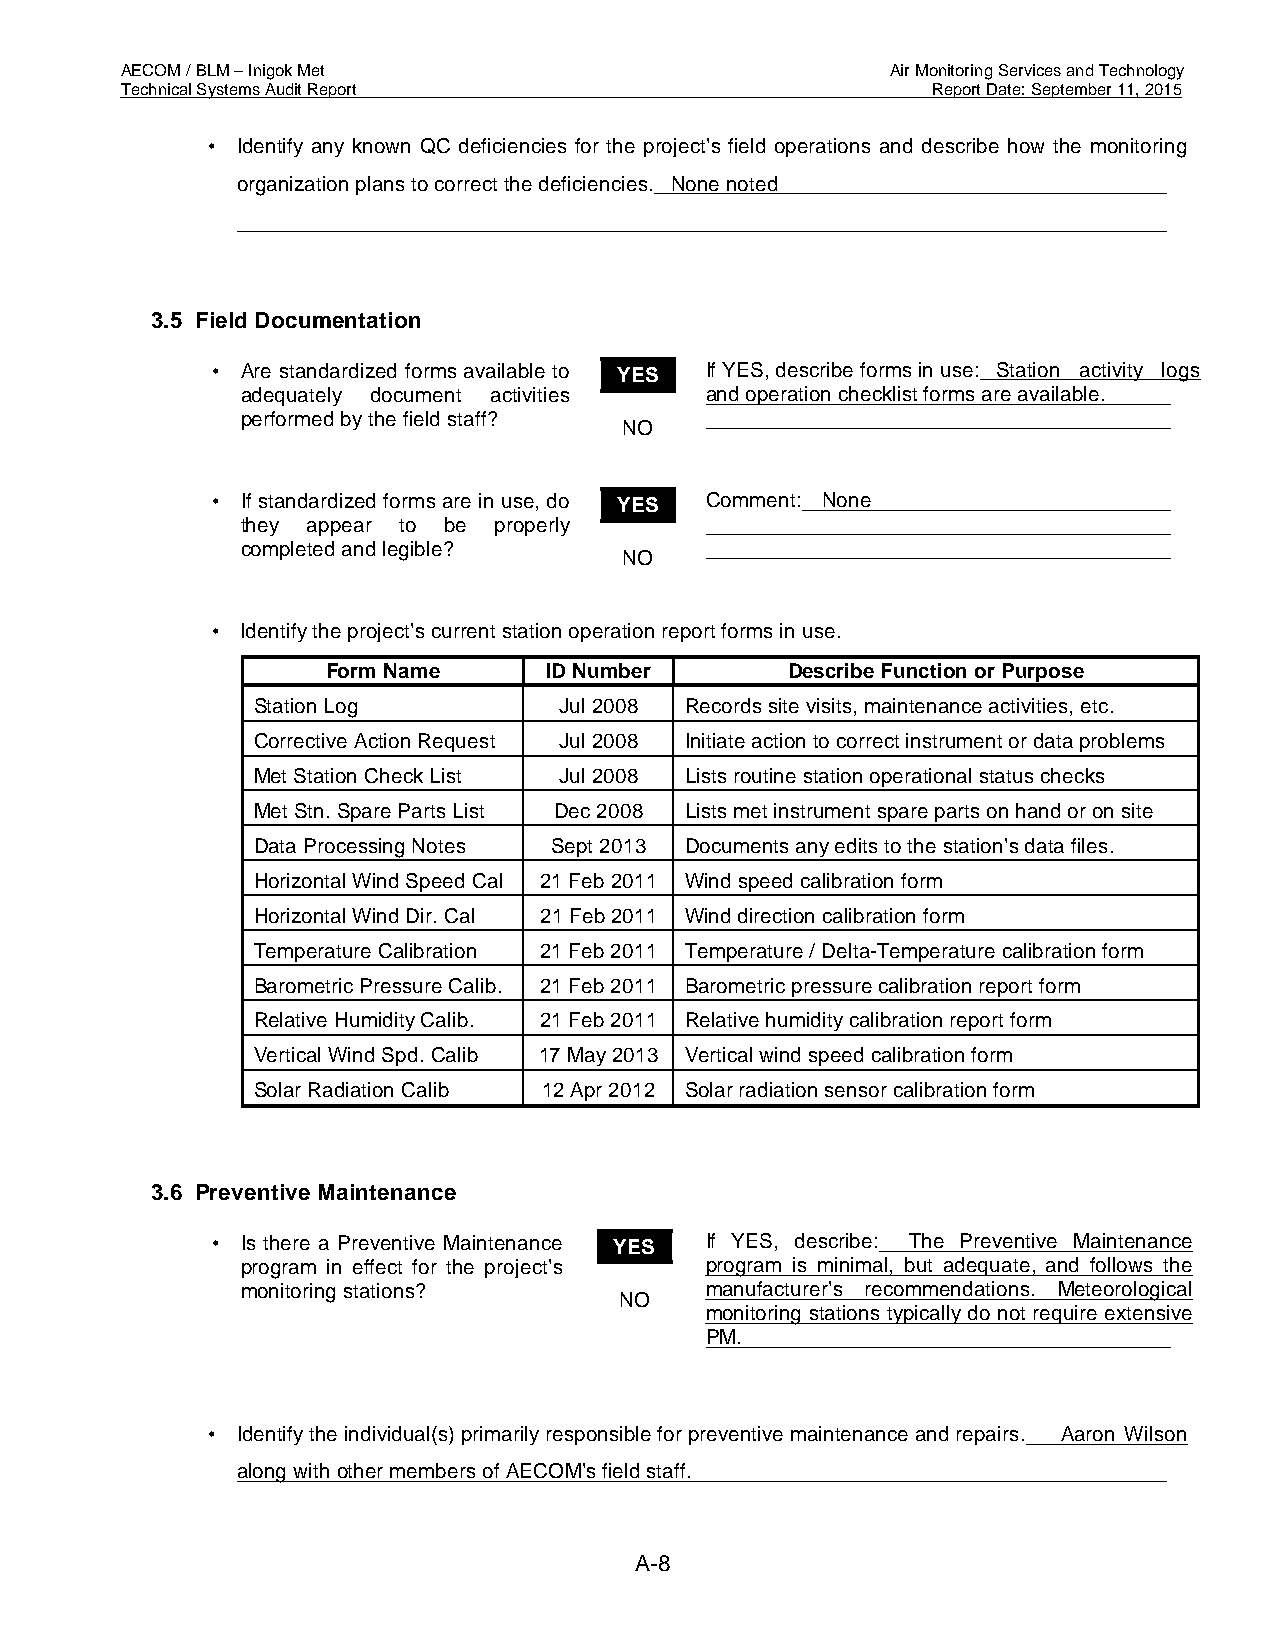
AECOM / BLM – Inigok Met                           Air Monitoring Services and Technology
 Technical Systems Audit Report                        Report Date: September 11, 2015
 • Identify any known QC deficiencies for the project’s field operations and describe how the monitoring
 organization plans to correct the deficiencies. None noted
 3.5 Field Documentation
 • Are standardized forms available to YES If YES, describe forms in use: Station activity logs
 adequately document activities and operation checklist forms are available.
 performed by the field staff?
 NO
 • If standardized forms are in use, do YES Comment: None
 they appear to be properly
 completed and legible?
 NO
 • Identify the project’s current station operation report forms in use.
 Form Name     ID Number       Describe Function or Purpose
 Station Log         Jul 2008 Records site visits, maintenance activities, etc.
 Corrective Action Request Jul 2008 Initiate action to correct instrument or data problems
 Met Station Check List Jul 2008 Lists routine station operational status checks
 Met Stn. Spare Parts List Dec 2008 Lists met instrument spare parts on hand or on site
 Data Processing Notes Sept 2013 Documents any edits to the station’s data files.
 Horizontal Wind Speed Cal 21 Feb 2011 Wind speed calibration form
 Horizontal Wind Dir. Cal 21 Feb 2011 Wind direction calibration form
 Temperature Calibration 21 Feb 2011 Temperature / Delta-Temperature calibration form
 Barometric Pressure Calib. 21 Feb 2011 Barometric pressure calibration report form
 Relative Humidity Calib. 21 Feb 2011 Relative humidity calibration report form
 Vertical Wind Spd. Calib 17 May 2013 Vertical wind speed calibration form
 Solar Radiation Calib 12 Apr 2012 Solar radiation sensor calibration form
 3.6 Preventive Maintenance
 • Is there a Preventive Maintenance YES If YES, describe: The Preventive Maintenance
 program in effect for the project’s program is minimal, but adequate, and follows the
 monitoring stations?           manufacturer’s recommendations. Meteorological
 NO
 monitoring stations typically do not require extensive
 PM.
 • Identify the individual(s) primarily responsible for preventive maintenance and repairs. Aaron Wilson
 along with other members of AECOM’s field staff.
 A-8